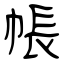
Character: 帳